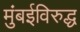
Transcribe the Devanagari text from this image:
मुंबईविरुद्ध